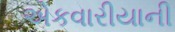
એકવારીયાની